Lunatic asylums United Prov. 1922-30 - 1922-1930
Year: 1922
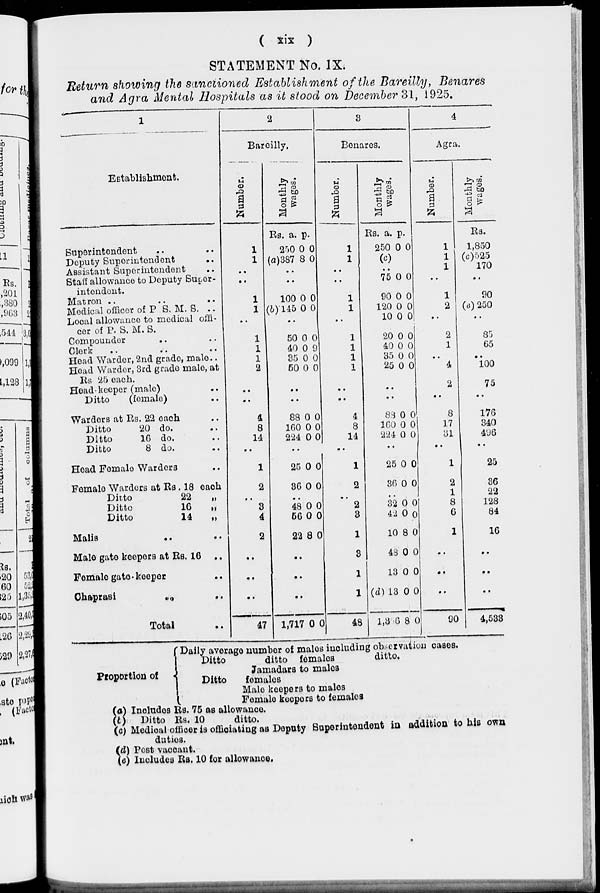
(
xix
)
STATEMENT No. IX.
Return showing the sanctioned Establishment of the Bareilly, Benares
and Agra Mental Hospitals as it stood on December 31, 1925.
1
Establishment.
Superintendent .. ..
Deputy Superintendent
..
Assistant Superintendent ..
Stall allowance to Deputy Super-
intendent.
Matron .. .. ..
Medical officer of P. S. M. S. ..
Local allowance to medical offi-
cer of P. S. M. S.
Compounder .. ..
Clerk .. .. ..
Head Warder, 2nd grade, male..
Head Warder, 3rd grade male, at
Rs 25 each.
Head-keeper (male) ..
Ditto
(female) ..
Warders at Rs. 22 each ..
Ditto
20 do. ..
Ditto
16
do. ..
Ditto
8 do. ..
Head Female Warders
Female Warders at Rs. 18 each
Ditto
22
„
Ditto
16
„
Ditto
14
„
Mails
Male gate keepers at Rs. 16 ..
Female gate-keeper ..
Chaprasi
..
..
Total ..
2
Bareilly.
Number.
1
1
..
..
1
1
..
1
1
1
2
..
..
4
8
14
..
1
2
..
3
4
2
..
..
..
47
Monthly
wages.
Rs.
250
(a)387
a.
0
8
p.
0
0
..
..
100
(b)145
0
0
0
0
..
50
40
35
50
0
0
0
0
0
9
0
0
..
..
88
160
224
0
0
0
0
0
0
..
25
36
0
0
0
0
..
48
56
22
0
0
8
0
0
0
..
..
..
1,717 0 0
1
3
Benares.
Number.
1
1
..
..
1
1
..
1
1
1
1
..
..
4
8
14
..
1
2
..
2
3
1
3
1
1
48
Monthly
wages.
Rs.
250
(c)
a.
0
p.
0
..
75
90
120
10
20
40
35
25
0
0
0
0
0
0
0
0
0
0
0
0
0
0
0
0
..
..
83
160
224
0
0
0
0
0
0
..
25
36
0
0
0
0
..
32
42
10
43
13
(d) 13
1,346
0
0
8
0
0
0
8
0
0
0
0
0
0
0
4
Agra.
Number.
1
1
1
..
1
2
..
2
1
..
4
2
..
8
17
31
..
1
2
1
8
6
1
..
..
..
90
Monthly
wages.
Rs.
1,850
(c)525
170
..
90
(d) 250
..
85
65
..
100
75
..
176
340
496
..
25
36
22
128
84
16
..
..
..
4,533
Proportion
of
Daily average number of males including observation cases.
Ditto
ditto females
ditto.
Jamadars to males
Ditto
females
Male keepers to males
Female keepers to females
( a) Includes Rs. 75 as allowance.
(b) Ditto Rs. 10
ditto.
(c) Medical officer is officiating as Deputy Superintendent in addition to his own
duties.
(d) Post vaccant.
(e) Includes Rs. 10 for allowance.